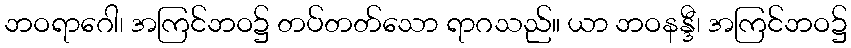
ဘဝရာဂေါ၊ အကြင်ဘဝ၌ တပ်တတ်သော ရာဂသည်။ ယာ ဘဝနန္ဒီ၊ အကြင်ဘဝ၌